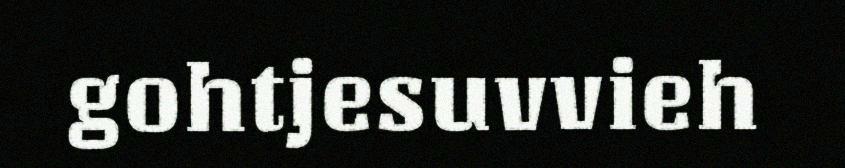
gohtjesuvvieh